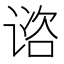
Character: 谘